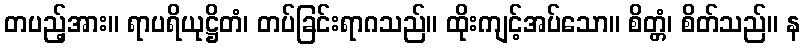
တပည့်အား။ ရာပရိယုဋ္ဌိတံ၊ တပ်ခြင်းရာဂသည်။ ထိုးကျင့်အပ်သော။ စိတ္တံ၊ စိတ်သည်။ န